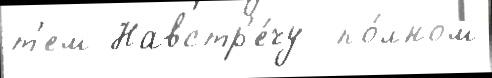
т'ем Навстр'е́чу  по́лном